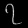
Digit: ၇